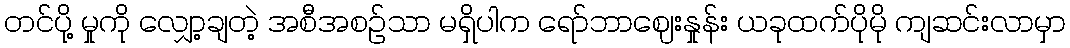
တင်ပို့ မှုကို လျှော့ချတဲ့ အစီအစဉ်သာ မရှိပါက ရော်ဘာဈေးနှုန်း ယခုထက်ပိုမို ကျဆင်းလာမှာ